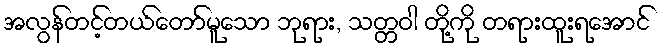
အလွန်တင့်တယ်တော်မူသော ဘုရား, သတ္တဝါ တို့ကို တရားထူးရအောင်